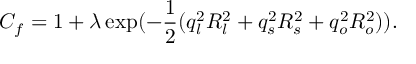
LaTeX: C _ { f } = 1 + \lambda \exp ( - { \frac { 1 } { 2 } } ( q _ { l } ^ { 2 } R _ { l } ^ { 2 } + q _ { s } ^ { 2 } R _ { s } ^ { 2 } + q _ { o } ^ { 2 } R _ { o } ^ { 2 } ) ) .